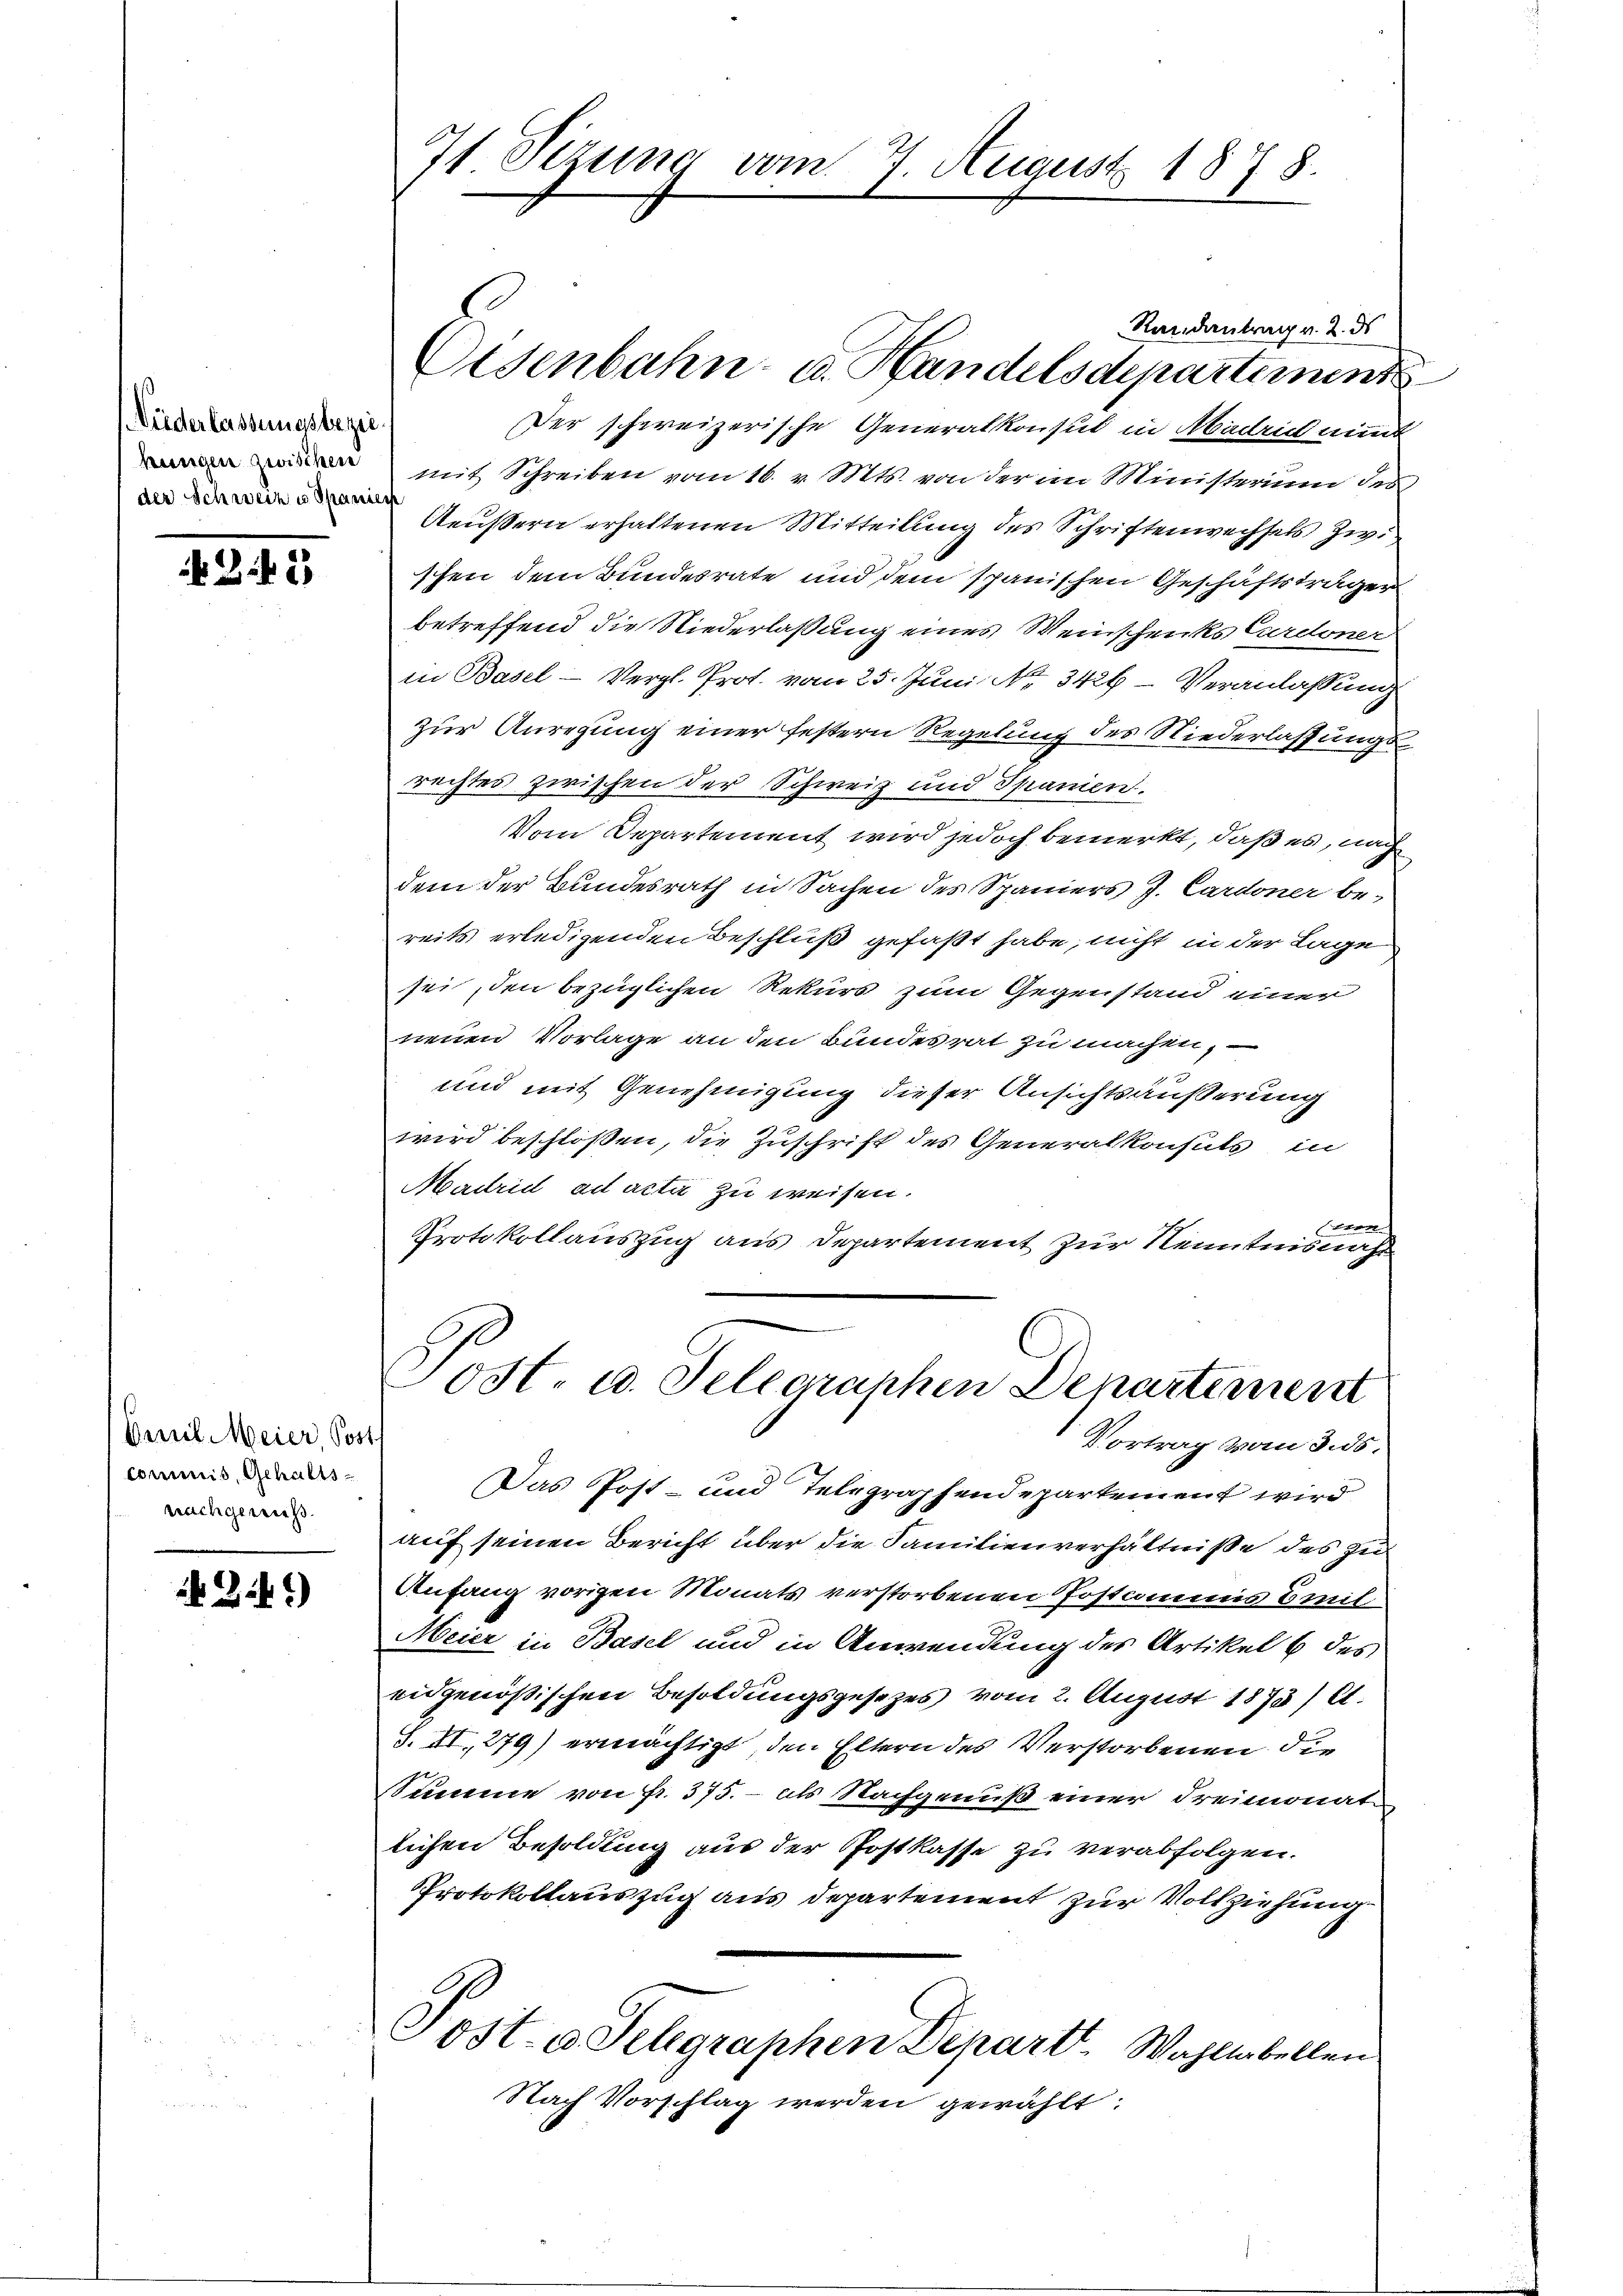
Niederlassungsbezie
der Schweiz u Spanier

Z.1)

Emil Meier, Post
commis, Gehaltsnachgewiß.

B.)

Randantrag v. 2. ds
Osenbahn- u. Handelsdepartement
Der schweizerische Generalkonsul in Madrich nimmt
 mit Schreiben vom 16. v. Mts. von der im Ministerium des
Aeußern erhaltenen Mitteilung des Schriftenwechsels zwi
schen dem Bundesrate und dem spanischen Geschäftsträger
betreffend die Niederlaßung eines Weinschenks Cordoner
in Basel - Vergl. Prot. vom 25. Juni No 3426 - Veranlassung
zur Anregung einer festern Regelung des Niederlassungs
rechtes zwischen der Schweiz und Spanien.
Vom Departement wird jedoch bemerkt, daß es, nach
dem der Bundesrath in Sachen des Spaniers J. Cardoner be-
reits erledigenden Beschluß gefaßt habe, nicht in der Lage
sei, den bezüglichen Rekurs zum Gegenstand einer
neuen Vorlage an den Bundesrat zu machen,
und mit Genehmigung dieser Ansichtsäußerung
wird beschloßen, die Zuschrift des Generalkonsuls in
Madrid ad acta zu weisen.
e
Protokollauszug aus Departement zur Kenntnisnah

71. Sizung vom 7. August 1878.

Tost- u. Telegraphen Departement
Vortrag vom 3. ds.

Das Post- und Telegraphendepartement wird
auf seinen Bericht über die Familienverhältniße des zu
Anfang vorigen Monats verstorbenen Postammes Emil-
Meier in Basel und in Anwendung des Artikel 6 des
eidgenößischen Besoldungsgesezes vom 2. August 1873/ l.
S. VI., 279) ermächtigt, den Eltern des Verstorbenen die
Summe von Fr. 375. - als Nachgenuß einer Freimonat
lichen Besoldung aus der Postkasse zu verabfolgen.
Protokollauszug aus Departement zur Vollziehung
Post. v. Telegraphen Depart. Wahltabellen
Nach Vorschlag werden gewählt: